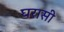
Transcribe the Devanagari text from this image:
घरासी